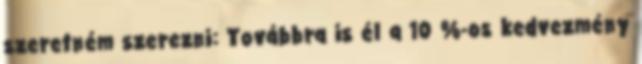
szeretném szerezni: Továbbra is él a 10 %-os kedvezmény